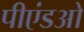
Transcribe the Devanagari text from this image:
पीएंडओ